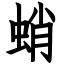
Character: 蛸